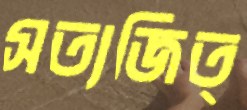
সত্যজিত্